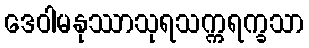
ဒေဝါမနုဿာသုရသက္ကရက္ခသာ